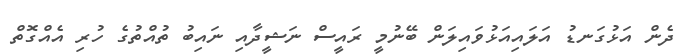
ދެން އަޅުގަނޑު އަލައިއަޅުވައިލަން ބޭނުމީ ރައީސް ނަޝީދާއި ނައިބު ތުއްތުގެ ހުރި އެއްގޮތް